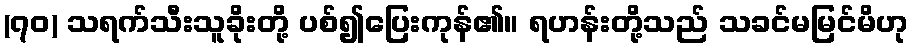
(၇၀) သရက်သီးသူခိုးတို့ ပစ်၍ပြေးကုန်၏။ ရဟန်းတို့သည် သခင်မမြင်မိဟု